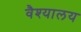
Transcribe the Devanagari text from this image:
वैश्यालय